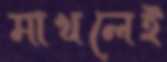
মাখলেই